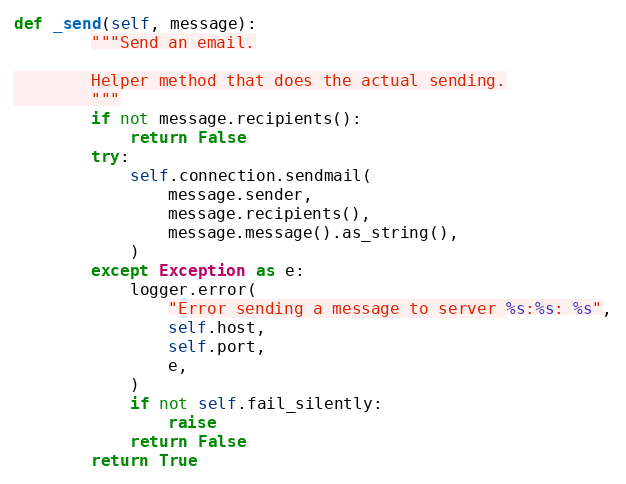
Language: Python
def _send(self, message):
        """Send an email.

        Helper method that does the actual sending.
        """
        if not message.recipients():
            return False
        try:
            self.connection.sendmail(
                message.sender,
                message.recipients(),
                message.message().as_string(),
            )
        except Exception as e:
            logger.error(
                "Error sending a message to server %s:%s: %s",
                self.host,
                self.port,
                e,
            )
            if not self.fail_silently:
                raise
            return False
        return True